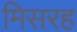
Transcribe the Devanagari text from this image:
मिसरह